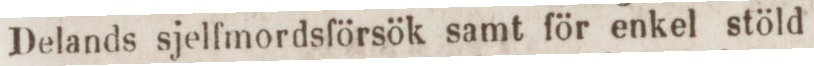
Delands sjelfmordsförsök samt för enkel stöld